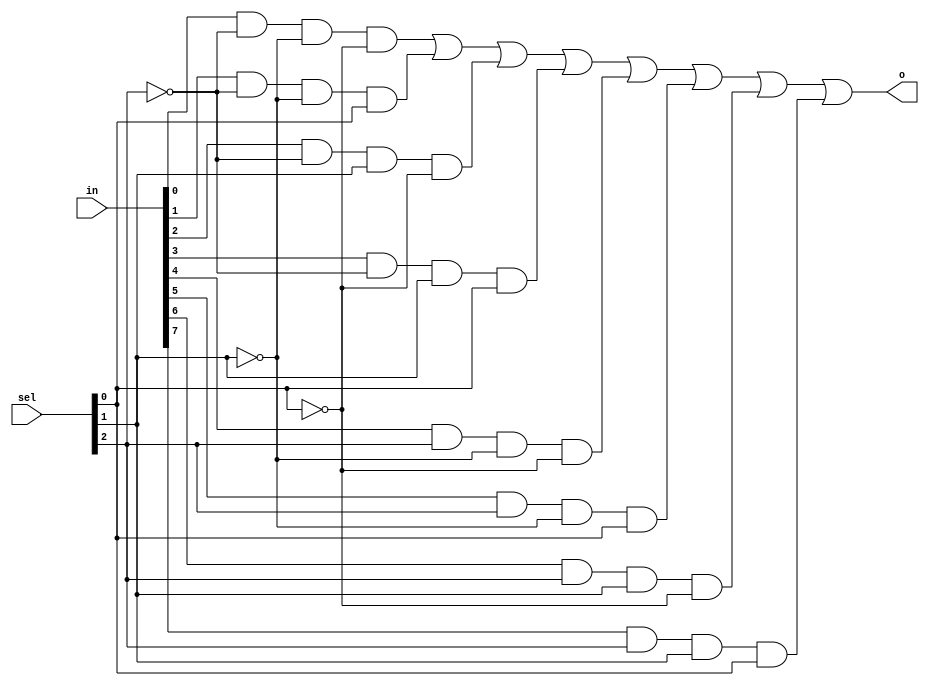
`timescale 1ns / 1ps
//////////////////////////////////////////////////////////////////////////////////
// Company: 
// Engineer: 
// 
// Design Name: 
// Module Name: m8_1e
// Project Name: 
// Target Devices: 
// Tool Versions: 
// Description: 
// 
// Dependencies: 
// 
// Revision:
// Revision 0.01 - File Created
// Additional Comments:
// 
//////////////////////////////////////////////////////////////////////////////////


module m8_1e(
    input [7:0] in,
    input [2:0] sel,
    output o
    );
    
wire a,b,c,d,f,g,h,i;

assign a = in[0] & ~sel[2] & ~sel[1] & ~sel[0];
assign b = in[1] & ~sel[2] & ~sel[1] & sel[0];
assign c = in[2] & ~sel[2] & sel[1] & ~sel[0];
assign d = in[3] & ~sel[2] & sel[1] & sel[0];
assign f = in[4] & sel[2] & ~sel[1] & ~sel[0];
assign g = in[5] & sel[2] & ~sel[1] & sel[0];
assign h = in[6] & sel[2] & sel[1] & ~sel[0];
assign i = in[7] & sel[2] & sel[1] & sel[0];
assign o = (a|b|c|d|f|g|h|i);
    
endmodule